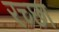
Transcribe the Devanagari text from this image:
रच्‍छा